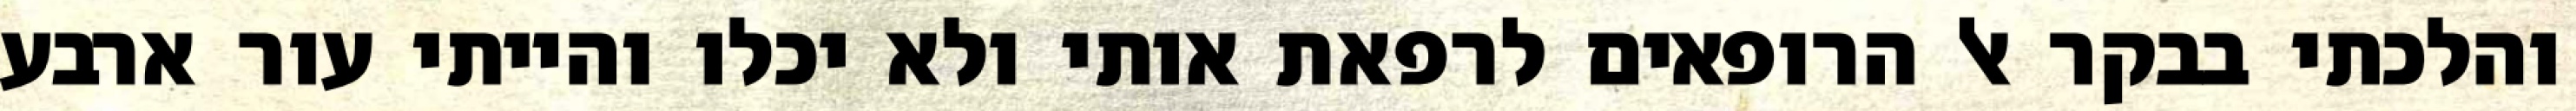
והלכתי בבקר אל הרופאים לרפאת אותי ולא יכלו והייתי עור ארבע